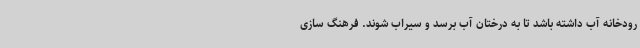
رودخانه آب داشته باشد تا به درختان آب برسد و سیراب شوند. فرهنگ سازی